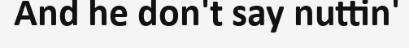
And he don't say nuttin'